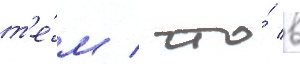
т'е́м / что́ в